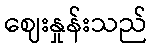
ဈေးနှုန်းသည်